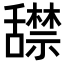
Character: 𬜏